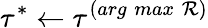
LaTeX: \tau^{*}\leftarrow\tau^{(arg\; max\; \mathcal{R})}